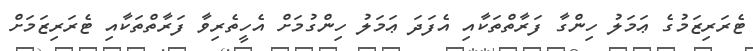
ޓެރަރިޒަމުގެ ޢަމަލު ހިންގާ ފަރާތްތަކާއި އެފަދަ ޢަމަލު ހިންގުމަށް އެހީތެރިވާ ފަރާތްތަކާއި ޓެރަރިޒަމަށް